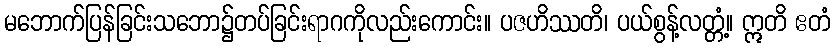
မဘောက်ပြန်ခြင်းသဘော၌တပ်ခြင်းရာဂကိုလည်းကောင်း။ ပဇဟိဿတိ၊ ပယ်စွန့်လတ္တံ့။ ဣတိ ဧတံ